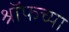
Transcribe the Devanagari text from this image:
श्रॉफच्या